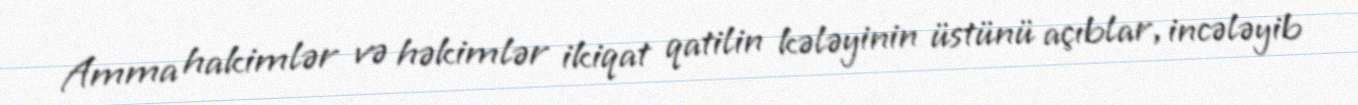
Amma hakimlər və həkimlər ikiqat qatilin kələyinin üstünü açıblar, incələyib